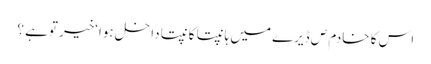
اس کا خادم ص ڈیرے میں ہانپتا کانپتا داخل ہوا‘خیر توہے ؟